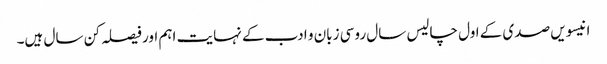
انیسویں صدی کے اول چالیس سال روسی زبان و ادب کے نہایت اہم اور فیصلہ کن سال ہیں۔